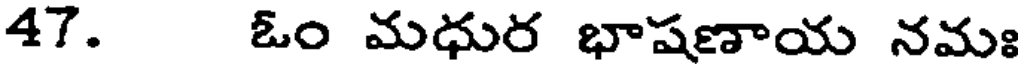
47. ఓం మధుర భాషణాయ నమః